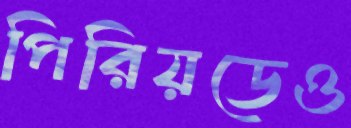
পিরিয়ডেও